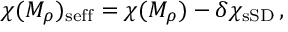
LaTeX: \chi ( M _ { \rho } ) _ { \mathrm { s e f f } } = \chi ( M _ { \rho } ) - \delta \chi _ { \mathrm { s S D } } \, ,